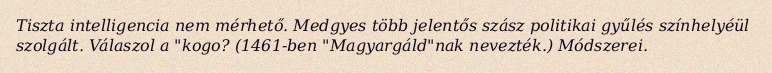
Tiszta intelligencia nem mérhető. Medgyes több jelentős szász politikai gyűlés színhelyéül szolgált. Válaszol a "kogo? (1461-ben "Magyargáld"nak nevezték.) Módszerei.